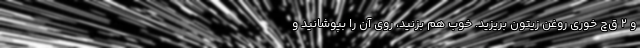
و ۲ ق‌چ خوری روغن زیتون بریزید. خوب هم بزنید، روی آن را بپوشانید و